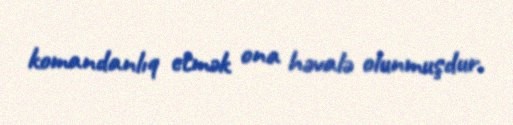
komandanlıq etmək ona həvalə olunmuşdur.